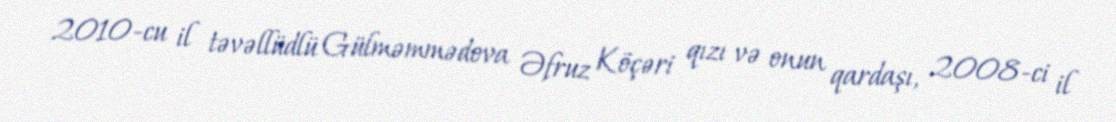
2010-cu il təvəllüdlü Gülməmmədova Əfruz Köçəri qızı və onun qardaşı, 2008-ci il